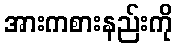
အားကစားနည်းကို